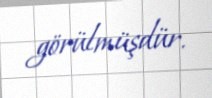
görülmüşdür.